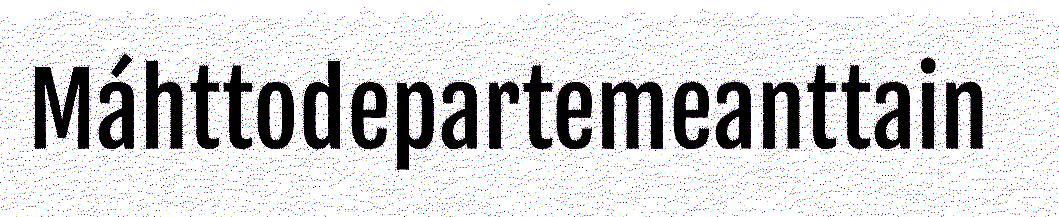
Máhttodepartemeanttain